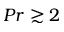
P r \gtrsim 2